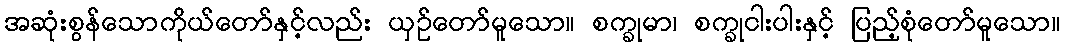
အဆုံးစွန်သောကိုယ်တော်နှင့်လည်း ယှဉ်တော်မူသော။ စက္ခုမာ၊ စက္ခုငါးပါးနှင့် ပြည့်စုံတော်မူသော။